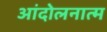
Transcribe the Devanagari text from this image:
आंदोलनात्म